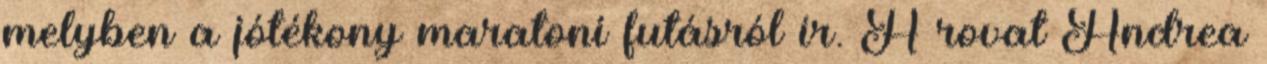
melyben a jótékony maratoni futásról ír. A rovat Andrea